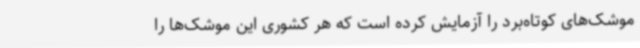
موشک‌های کوتاه‌برد را آزمایش کرده است که هر کشوری این موشک‌ها را